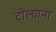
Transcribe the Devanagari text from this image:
टोल्याना